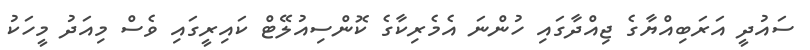
ސައުދީ އަރަބިއްޔާގެ ޖިއްދާގައި ހުންނަ އެމެރިކާގެ ކޮންސިއުލޭޓް ކައިރީގައި ވެސް މިއަދު މީހަކު